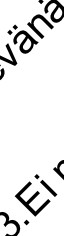
. E n